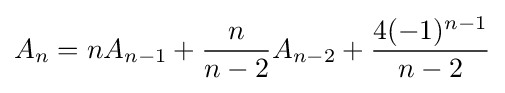
A_{n}=nA_{n-1}+{\frac {n}{n-2}}A_{n-2}+{\frac {4(-1)^{n-1}}{n-2}}